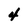
Character: 4